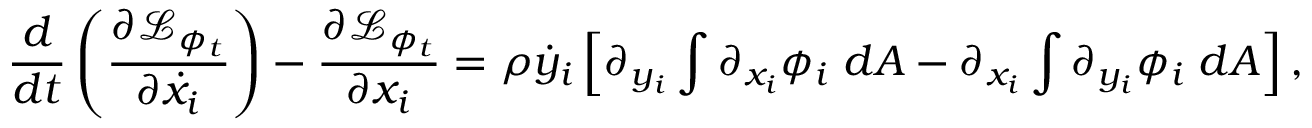
\frac { d } { d t } \left( \frac { \partial \mathcal { L } _ { \phi _ { t } } } { \partial \dot { x } _ { i } } \right) - \frac { \partial \mathcal { L } _ { \phi _ { t } } } { \partial x _ { i } } = \rho \dot { y } _ { i } \left[ \partial _ { y _ { i } } \int \partial _ { x _ { i } } \phi _ { i } \; d A - \partial _ { x _ { i } } \int \partial _ { y _ { i } } \phi _ { i } \; d A \right] ,